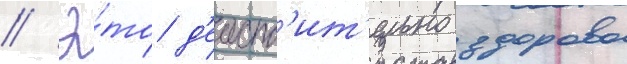
// Э́то д'еиств'ит'ельно здорово